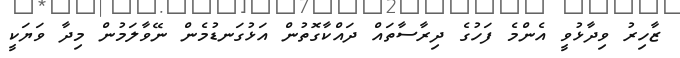
ޒާހިރު ވިދާޅުވީ އެންމެ ފަހުގެ ދިރާސާތައް ދައްކާގޮތުން އަޅުގަނޑުމެން ނޭވާލަމުން މިދާ ވަޔަކީ